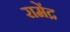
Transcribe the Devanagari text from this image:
रामेंद्र